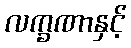
လက္ခဏာနှင့်